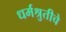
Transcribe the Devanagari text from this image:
धर्मश्रुतीचे